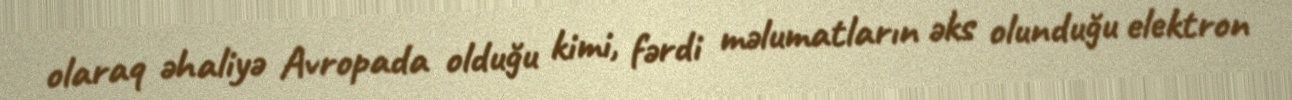
olaraq əhaliyə Avropada olduğu kimi, fərdi məlumatların əks olunduğu elektron